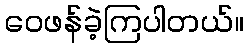
ဝေဖန်ခဲ့ကြပါတယ်။